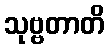
သုဗ္ဗတာတိ